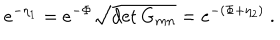
e ^ { - \eta _ { 1 } } = e ^ { - \Phi } \sqrt { \det G _ { m n } } = e ^ { - ( \Phi + \eta _ { 2 } ) } \ .